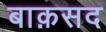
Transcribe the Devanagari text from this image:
बाक़सद